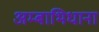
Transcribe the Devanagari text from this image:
अम्बाभिधाना